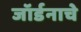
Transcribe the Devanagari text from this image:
जॉर्डनाचे